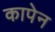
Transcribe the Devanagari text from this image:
कापेन